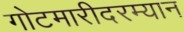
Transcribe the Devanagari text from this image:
गोटमारीदरम्यान